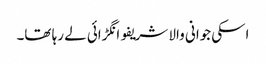
اسکی جوانی والا شریفو انگڑائی لے رہا تھا۔